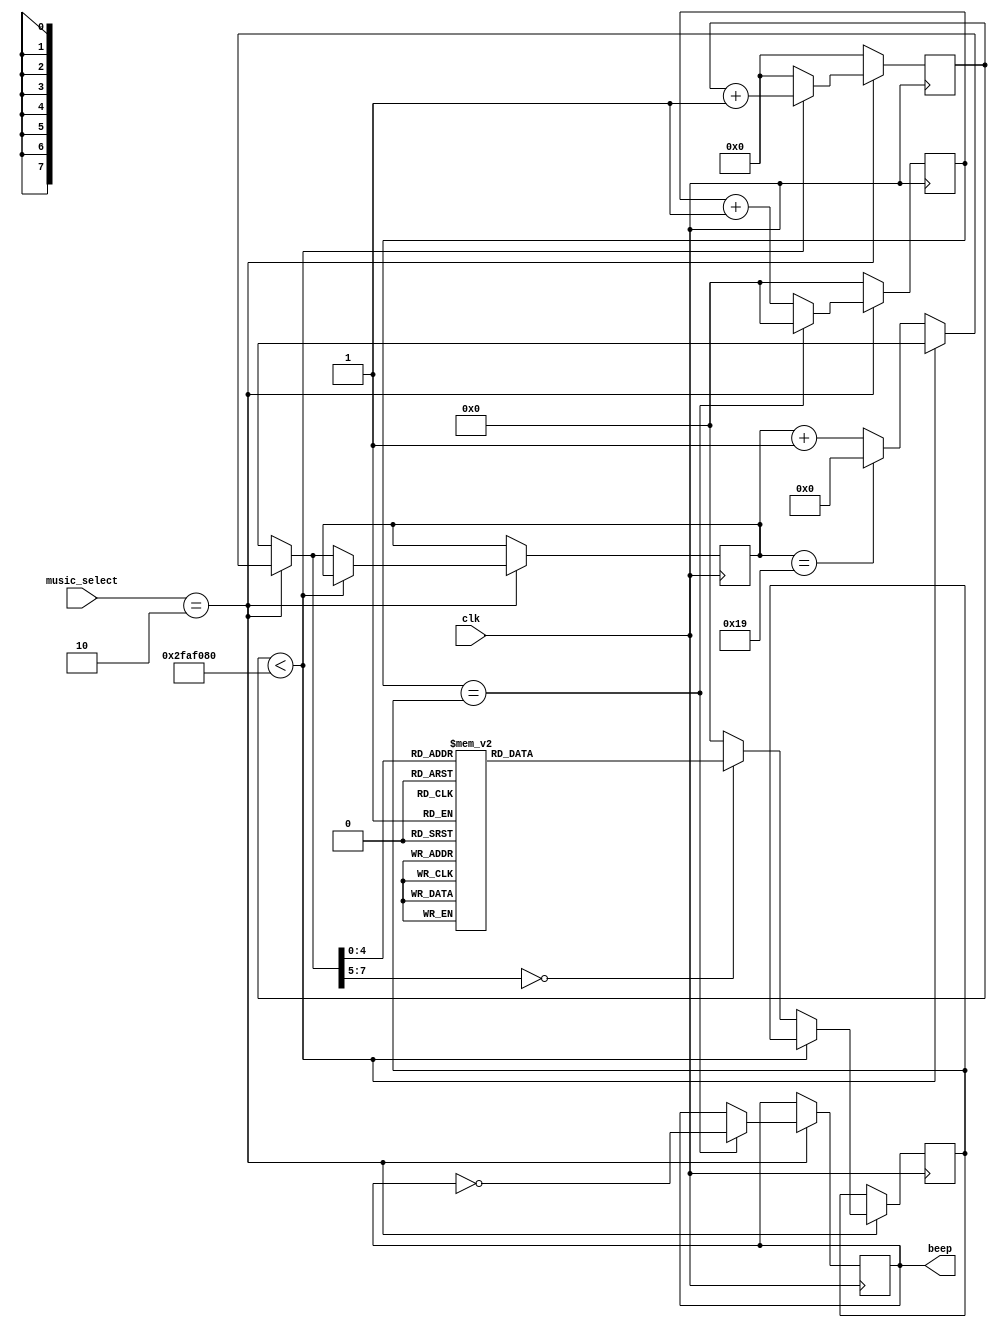
module play_Happy_Birthday(
    input wire [1:0] music_select,
    input clk,         // 
    output beep        // 
);

    reg beep_r;         // 
    reg[7:0] state;     // 
    reg[16:0] count, count1; // 
    reg[25:0] count2;   // 

    // 
    parameter
        L_1 = 18'd127552,
        L_2 = 18'd113636,
        L_3 = 18'd101236,
        L_4 = 18'd95548,
        L_5 = 18'd85136,
        L_6 = 18'd75838,
        L_7 = 18'd67567,
        M_1 = 18'd63776,
        M_2 = 18'd56818,
        M_3 = 18'd50607,
        M_4 = 18'd47778,
        M_5 = 18'd42553,
        M_6 = 18'd37936,
        M_7 = 18'd33783;

    parameter TIME = 50000000; // 500ms

   
    assign beep = beep_r;    // 

    // 
    always @(posedge clk) begin
        if(music_select == 2'b10) begin 
            count <= count + 1'b1;    // 
            if (count == count1) begin
                count <= 17'h0;
                beep_r <= !beep_r;      // 
            end
        end
        else begin
            count <= 1'b0;
        end
    end

    // 
    always @(posedge clk) begin
        if(music_select == 2'b10) begin
            if (count2 < TIME)
                count2 = count2 + 1'b1;
            else begin
                count2 = 26'd0;
                if (state == 8'd25)begin
                    state = 8'd0;
                end
                else begin
                    state = state + 1'b1;
                end
                case(state)
                    // 
                    8'D0: count1 = L_5;
                    8'D1: count1 = L_5;
                    8'D2: count1 = L_6;
                    8'D3:count1= L_5;
                    8'D4:count1= M_1;
                    8'D5:count1= L_7;
                    8'D6:count1= L_5;
                    8'D7:count1= L_5;
                    8'D8:count1= L_6;
                    8'D9:count1= L_5;
                    8'D10:count1= M_2;
                    8'D11:count1= M_1;
                    8'D12:count1= L_5;
                    8'D13:count1= L_5;
                    8'D14:count1= M_5;
                    8'D15:count1= M_3;
                    8'D16:count1= M_1;
                    8'D17:count1= L_7;
                    8'D18:count1= L_6;
                    8'D19:count1= M_4;
                    8'D20:count1= M_4;
                    8'D21:count1= M_3;
                    8'D22:count1= M_1;
                    8'D23:count1= M_2;
                    8'D24:count1= M_1;
                    default: count1 = 16'h0;
                endcase
            end
        end
        else begin
            count2 = 1'b0;
        end
    end
endmodule